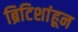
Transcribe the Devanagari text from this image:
ब्रिटिशांहून